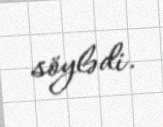
söylədi.